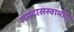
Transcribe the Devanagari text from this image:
रामदासस्वामींना